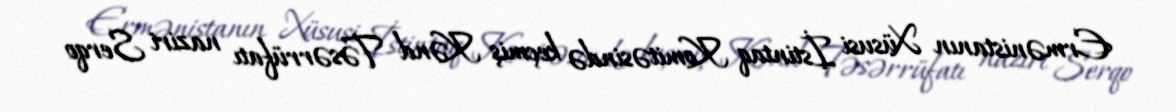
Ermənistanın Xüsusi İstintaq Komitəsində keçmiş Kənd Təsərrüfatı naziri Serqo